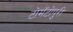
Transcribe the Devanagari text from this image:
टोमॅटोपुरी